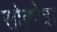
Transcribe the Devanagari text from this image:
सोक़ोत्रा